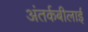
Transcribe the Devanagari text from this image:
अंतर्कबीलाई